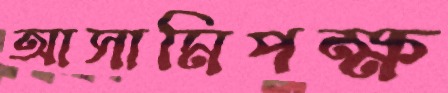
আসামিপক্ষ